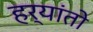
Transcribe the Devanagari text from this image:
हर्यांतो